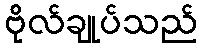
ဗိုလ်ချုပ်သည်